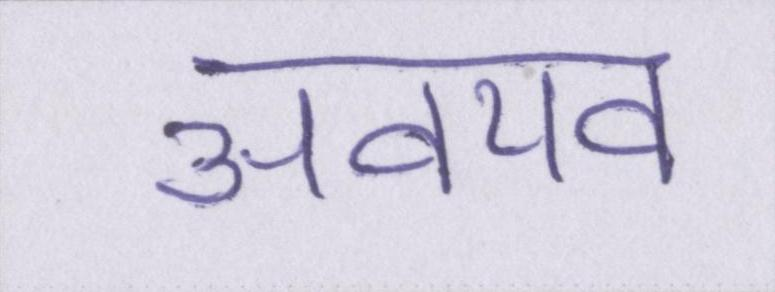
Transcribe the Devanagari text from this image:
अवयव